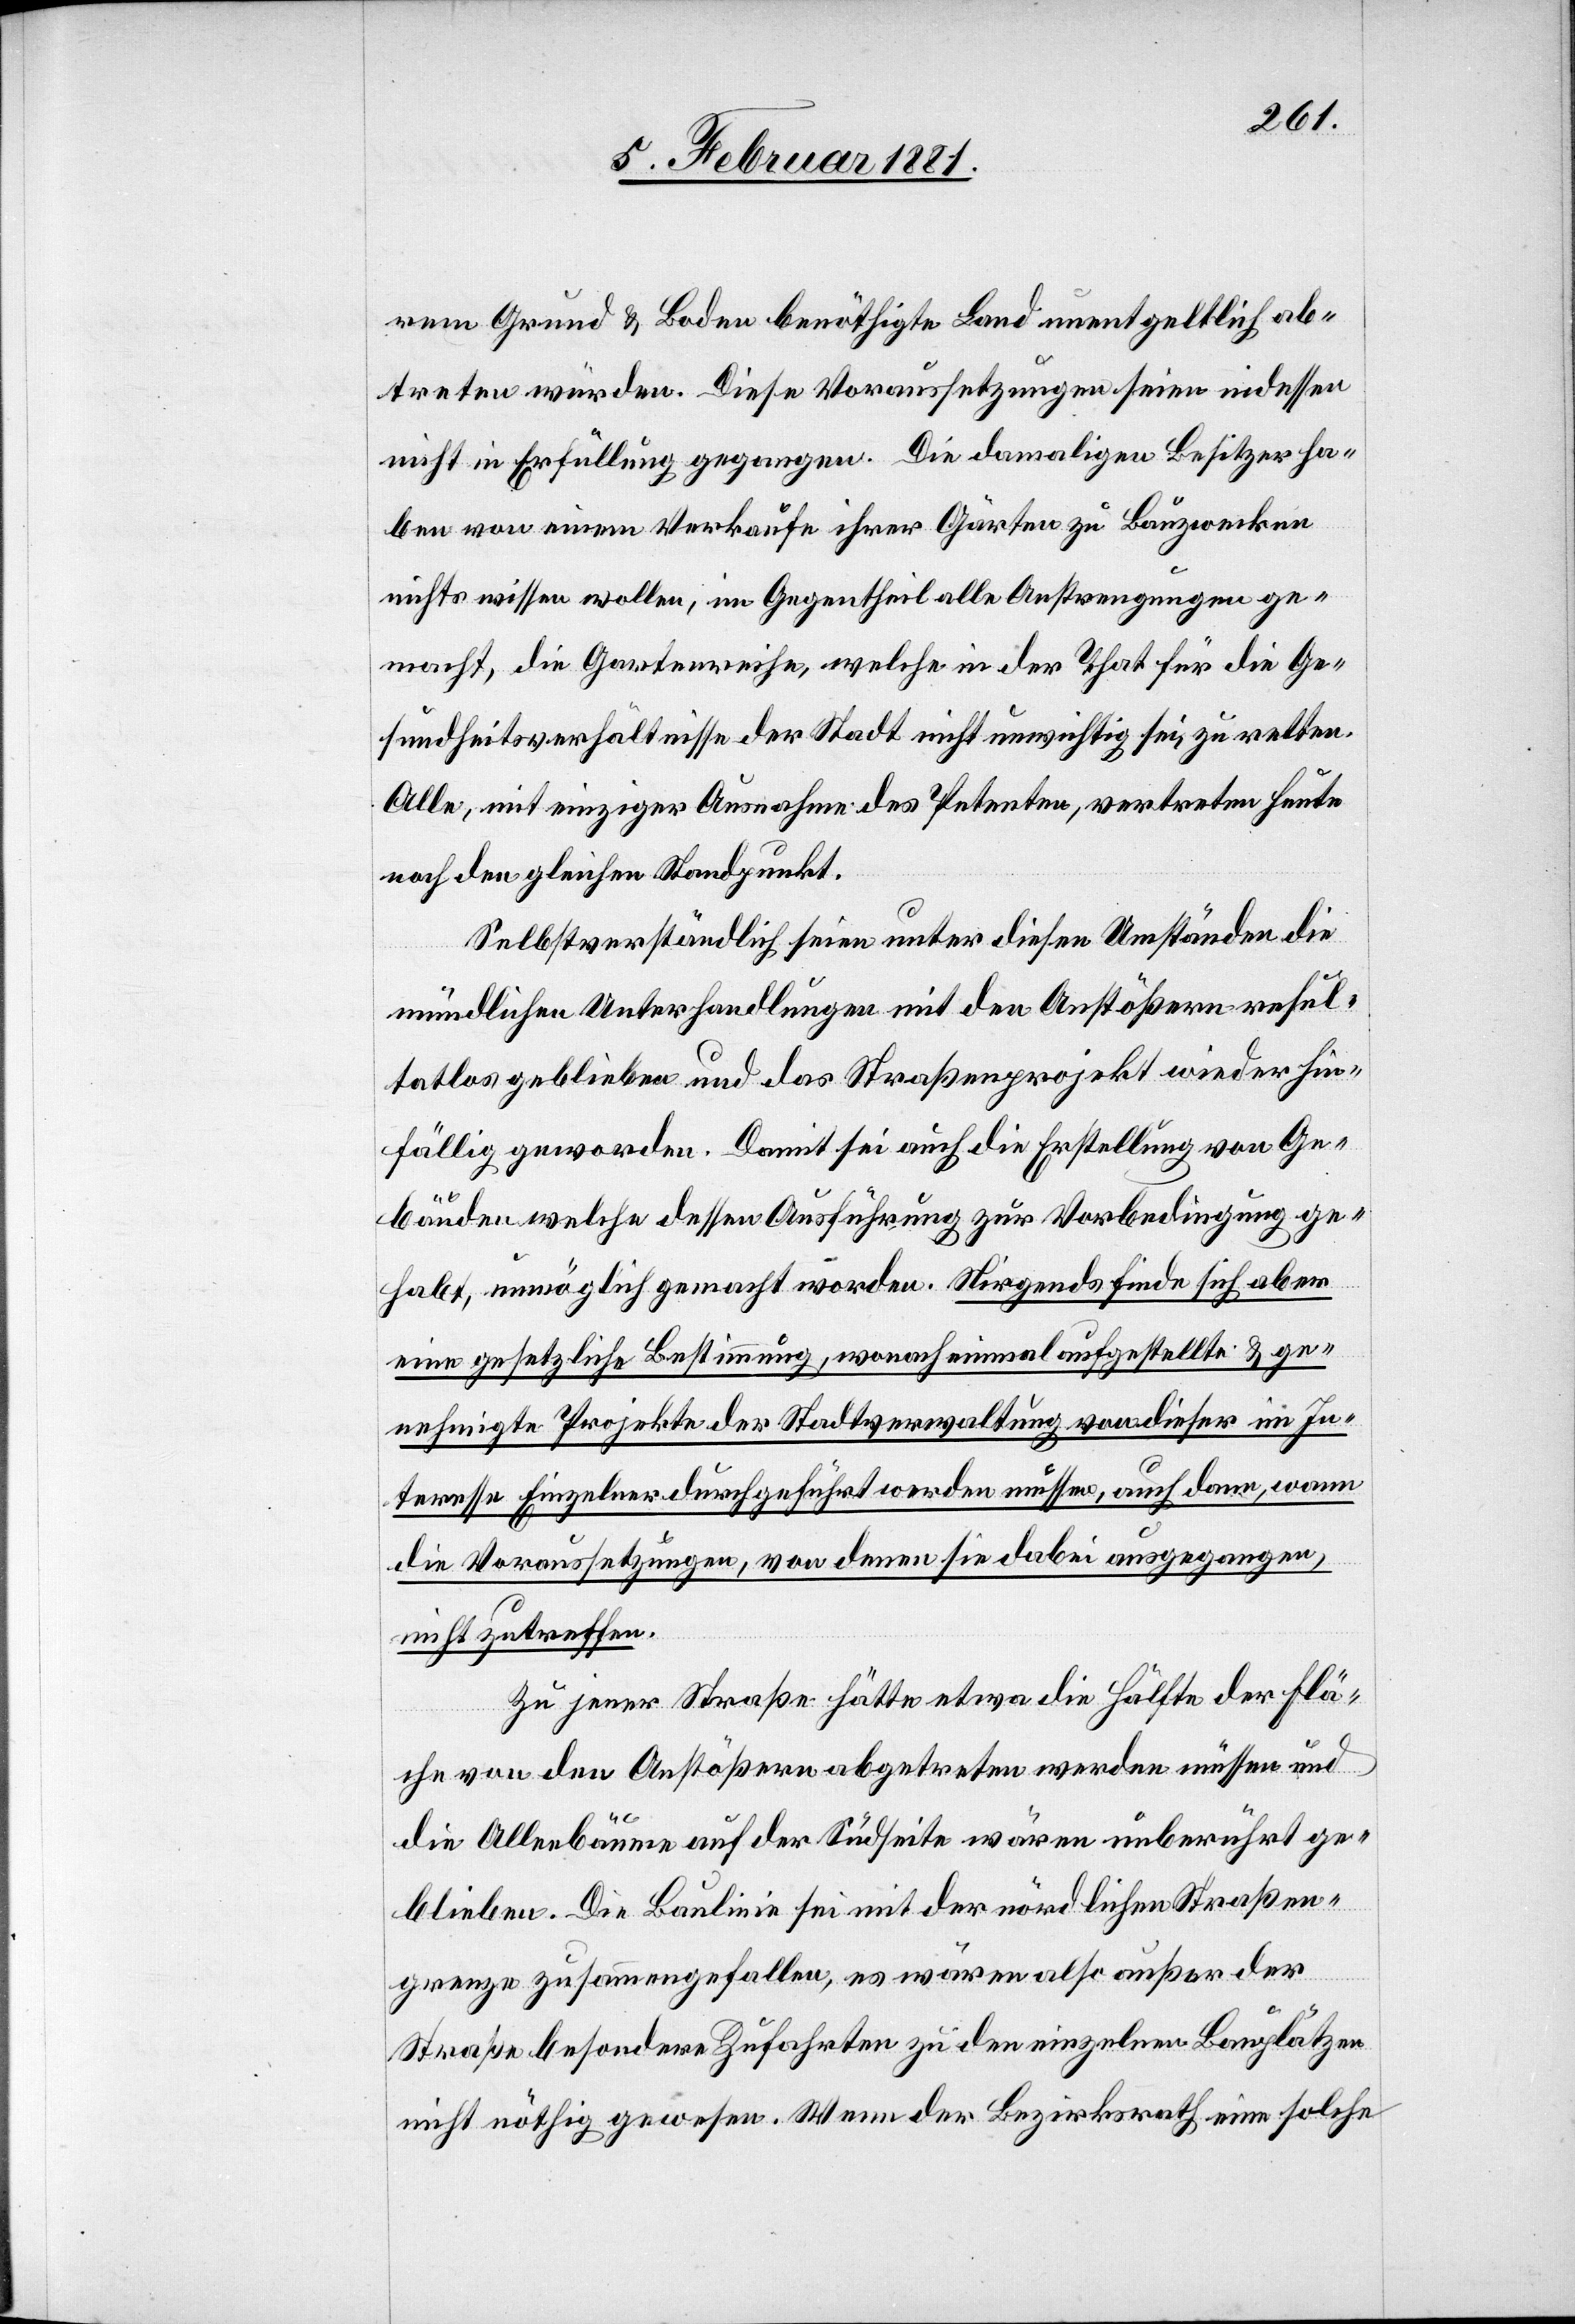
rem Grund & Boden benöthigte Land unentgeltlich ab¬
treten würden. Diese Voraussetzungen seien indessen
nicht in Erfüllung gegangen. Die damaligen Besitzer ha¬
ben von einem Verkaufe ihrer Gärten zu Bauzwecken
nichts wissen wollen, im Gegentheil alle Anstrengungen ge¬
macht, die Gartenreihe, welche in der That für die Ge¬
sundheitsverhältnisse der Stadt nicht unwichtig sei, zu retten.
Alle, mit einziger Ausnahme des Petenten, vertreten heute
noch den gleichen Standpunkt.
Selbstverständlich seien unter diesen Umständen die
mündlichen Unterhandlungen mit den Anstößern resul¬
tatlos geblieben und das Straßenprojekt wieder hin¬
fällig geworden. Damit sei die Erstellung von Ge¬
bäuden welche dessen Ausführung zur Vorbedingung ge¬
habt, unmöglich gemacht worden. Nirgends finde sich aber
eine gesetzliche Bestimmung, wonach einmal aufgestellte & ge¬
nehmigte Projekte der Stadtverwaltung von dieser im In¬
teresse Einzelner durchgeführt werden müssen, auch dann, wann
die Voraussetzungen, von denen sie dabei ausgegangen,
nicht zutreffen.
In jener Straße hätte etwa die Hälfte der Flä¬
che von den Anstößern abgetreten werden müssen und
die Alleebäume auf der Südseite wären unberührt ge¬
blieben. Die Baulinie sei mit der nördlichen Straßen¬
grenze zusammengefallen, es wären also außer der
Straße besondere Zufahrten zu den einzelnen Bauplätzen
nicht nöthig gewesen. Wenn der Bezirksrath eine solche